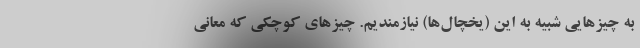
به چیزهایی شبیه به این (یخچال‌ها) نیازمندیم. چیزهای کوچکی که معانی